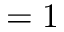
= 1